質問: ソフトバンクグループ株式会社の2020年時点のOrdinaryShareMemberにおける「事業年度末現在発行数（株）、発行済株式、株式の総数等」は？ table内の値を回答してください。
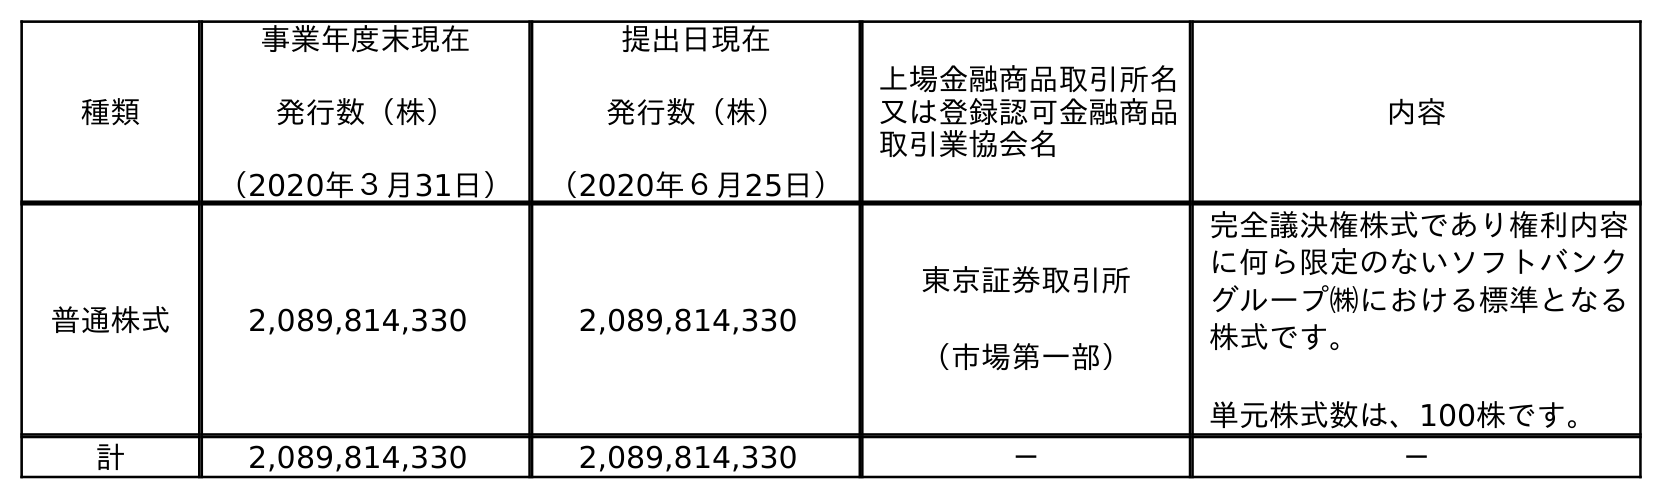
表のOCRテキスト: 種類 事業年度末現在 発行数（株） （2020年３月31日） 提出日現在 発行数（株） （2020年６月25日） 上場金融商品取引所名 又は登録認可金融商品 取引業協会名 内容 普通株式 2,089,814,330 2,089,814,330 東京証券取引所 （市場第一部） 完全議決権株式であり権利内容 に何ら限定のないソフトバンク グループ㈱における標準となる 株式です。 単元株式数は、100株です。 計 2,089,814,330 2,089,814,330 － －
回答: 2,089,814,330